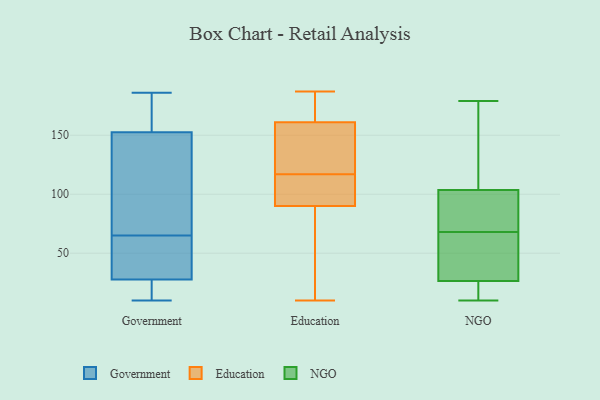
{"axis": {"x": "Shipments", "y": "Value"}, "legend": ["Education", "Government", "NGO"], "data": [{"x": "", "y": 16, "type": "Government"}, {"x": "", "y": 151, "type": "Government"}, {"x": "", "y": 46, "type": "Government"}, {"x": "", "y": 181, "type": "Government"}, {"x": "", "y": 157, "type": "Government"}, {"x": "", "y": 186, "type": "Government"}, {"x": "", "y": 21, "type": "Government"}, {"x": "", "y": 10, "type": "Government"}, {"x": "", "y": 83, "type": "Government"}, {"x": "", "y": 37, "type": "Government"}, {"x": "", "y": 30, "type": "Government"}, {"x": "", "y": 119, "type": "Government"}, {"x": "", "y": 65, "type": "Government"}, {"x": "", "y": 11, "type": "Education"}, {"x": "", "y": 90, "type": "Education"}, {"x": "", "y": 26, "type": "Education"}, {"x": "", "y": 117, "type": "Education"}, {"x": "", "y": 144, "type": "Education"}, {"x": "", "y": 176, "type": "Education"}, {"x": "", "y": 156, "type": "Education"}, {"x": "", "y": 186, "type": "Education"}, {"x": "", "y": 187, "type": "Education"}, {"x": "", "y": 123, "type": "Education"}, {"x": "", "y": 97, "type": "Education"}, {"x": "", "y": 90, "type": "Education"}, {"x": "", "y": 91, "type": "Education"}, {"x": "", "y": 149, "type": "Education"}, {"x": "", "y": 184, "type": "Education"}, {"x": "", "y": 103, "type": "Education"}, {"x": "", "y": 10, "type": "Education"}, {"x": "", "y": 38, "type": "NGO"}, {"x": "", "y": 27, "type": "NGO"}, {"x": "", "y": 173, "type": "NGO"}, {"x": "", "y": 84, "type": "NGO"}, {"x": "", "y": 179, "type": "NGO"}, {"x": "", "y": 14, "type": "NGO"}, {"x": "", "y": 26, "type": "NGO"}, {"x": "", "y": 76, "type": "NGO"}, {"x": "", "y": 139, "type": "NGO"}, {"x": "", "y": 91, "type": "NGO"}, {"x": "", "y": 23, "type": "NGO"}, {"x": "", "y": 40, "type": "NGO"}, {"x": "", "y": 67, "type": "NGO"}, {"x": "", "y": 69, "type": "NGO"}, {"x": "", "y": 10, "type": "NGO"}, {"x": "", "y": 116, "type": "NGO"}]}